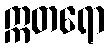
ဣတရော